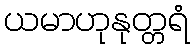
ယမာဟုနုတ္တရံ